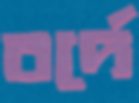
বর্দে